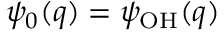
\psi _ { 0 } ( q ) = \psi _ { \mathrm { O H } } ( q )